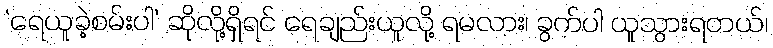
‘ရေယူခဲ့စမ်းပါ’ ဆိုလို့ရှိရင် ရေချည်းယူလို့ ရမလား၊ ခွက်ပါ ယူသွားရတယ်၊